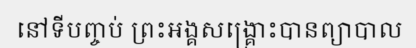
នៅទីបញ្ចប់ ព្រះអង្គសង្គ្រោះបានព្យាបាល